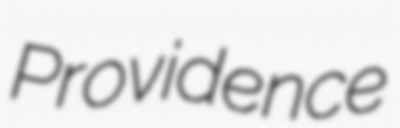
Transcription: Providence